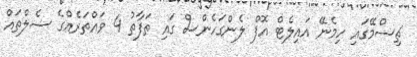
ޗިސްމޭގައި ހިމެނޭ އައިލެޓް އޮފް ލެންގަހެންސް ގައި ތަފާތު 4 ވައްތަރެއްގެ ސެލްތައް